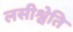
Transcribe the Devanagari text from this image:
लसीश्वेति